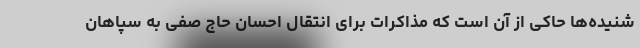
شنیده‌ها حاکی از آن است که مذاکرات برای انتقال احسان حاج صفی به سپاهان